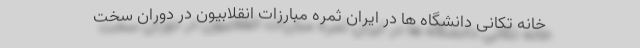
خانه تکانی دانشگاه ها در ایران ثمره مبارزات انقلابیون در دوران سخت